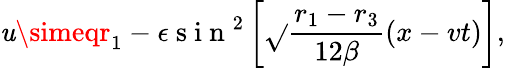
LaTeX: \mathit{u}\simeqr_{1}-\epsilon\mathrm{{~s~i~n~}}^{2}\left[\sqrt{}{{\frac{{r_{1}-r_{3}}}{{12\beta}}}}(x-vt)\right],